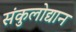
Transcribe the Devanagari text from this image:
संकुलोद्यान